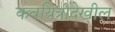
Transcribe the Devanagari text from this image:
कवयित्रीदेखील